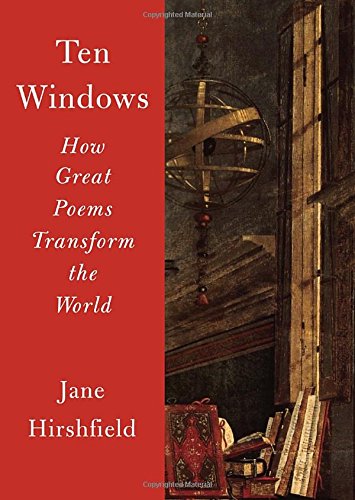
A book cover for Ten Windows: How Great Poems Transform the World; Jane Hirshfield; Literature & Fiction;